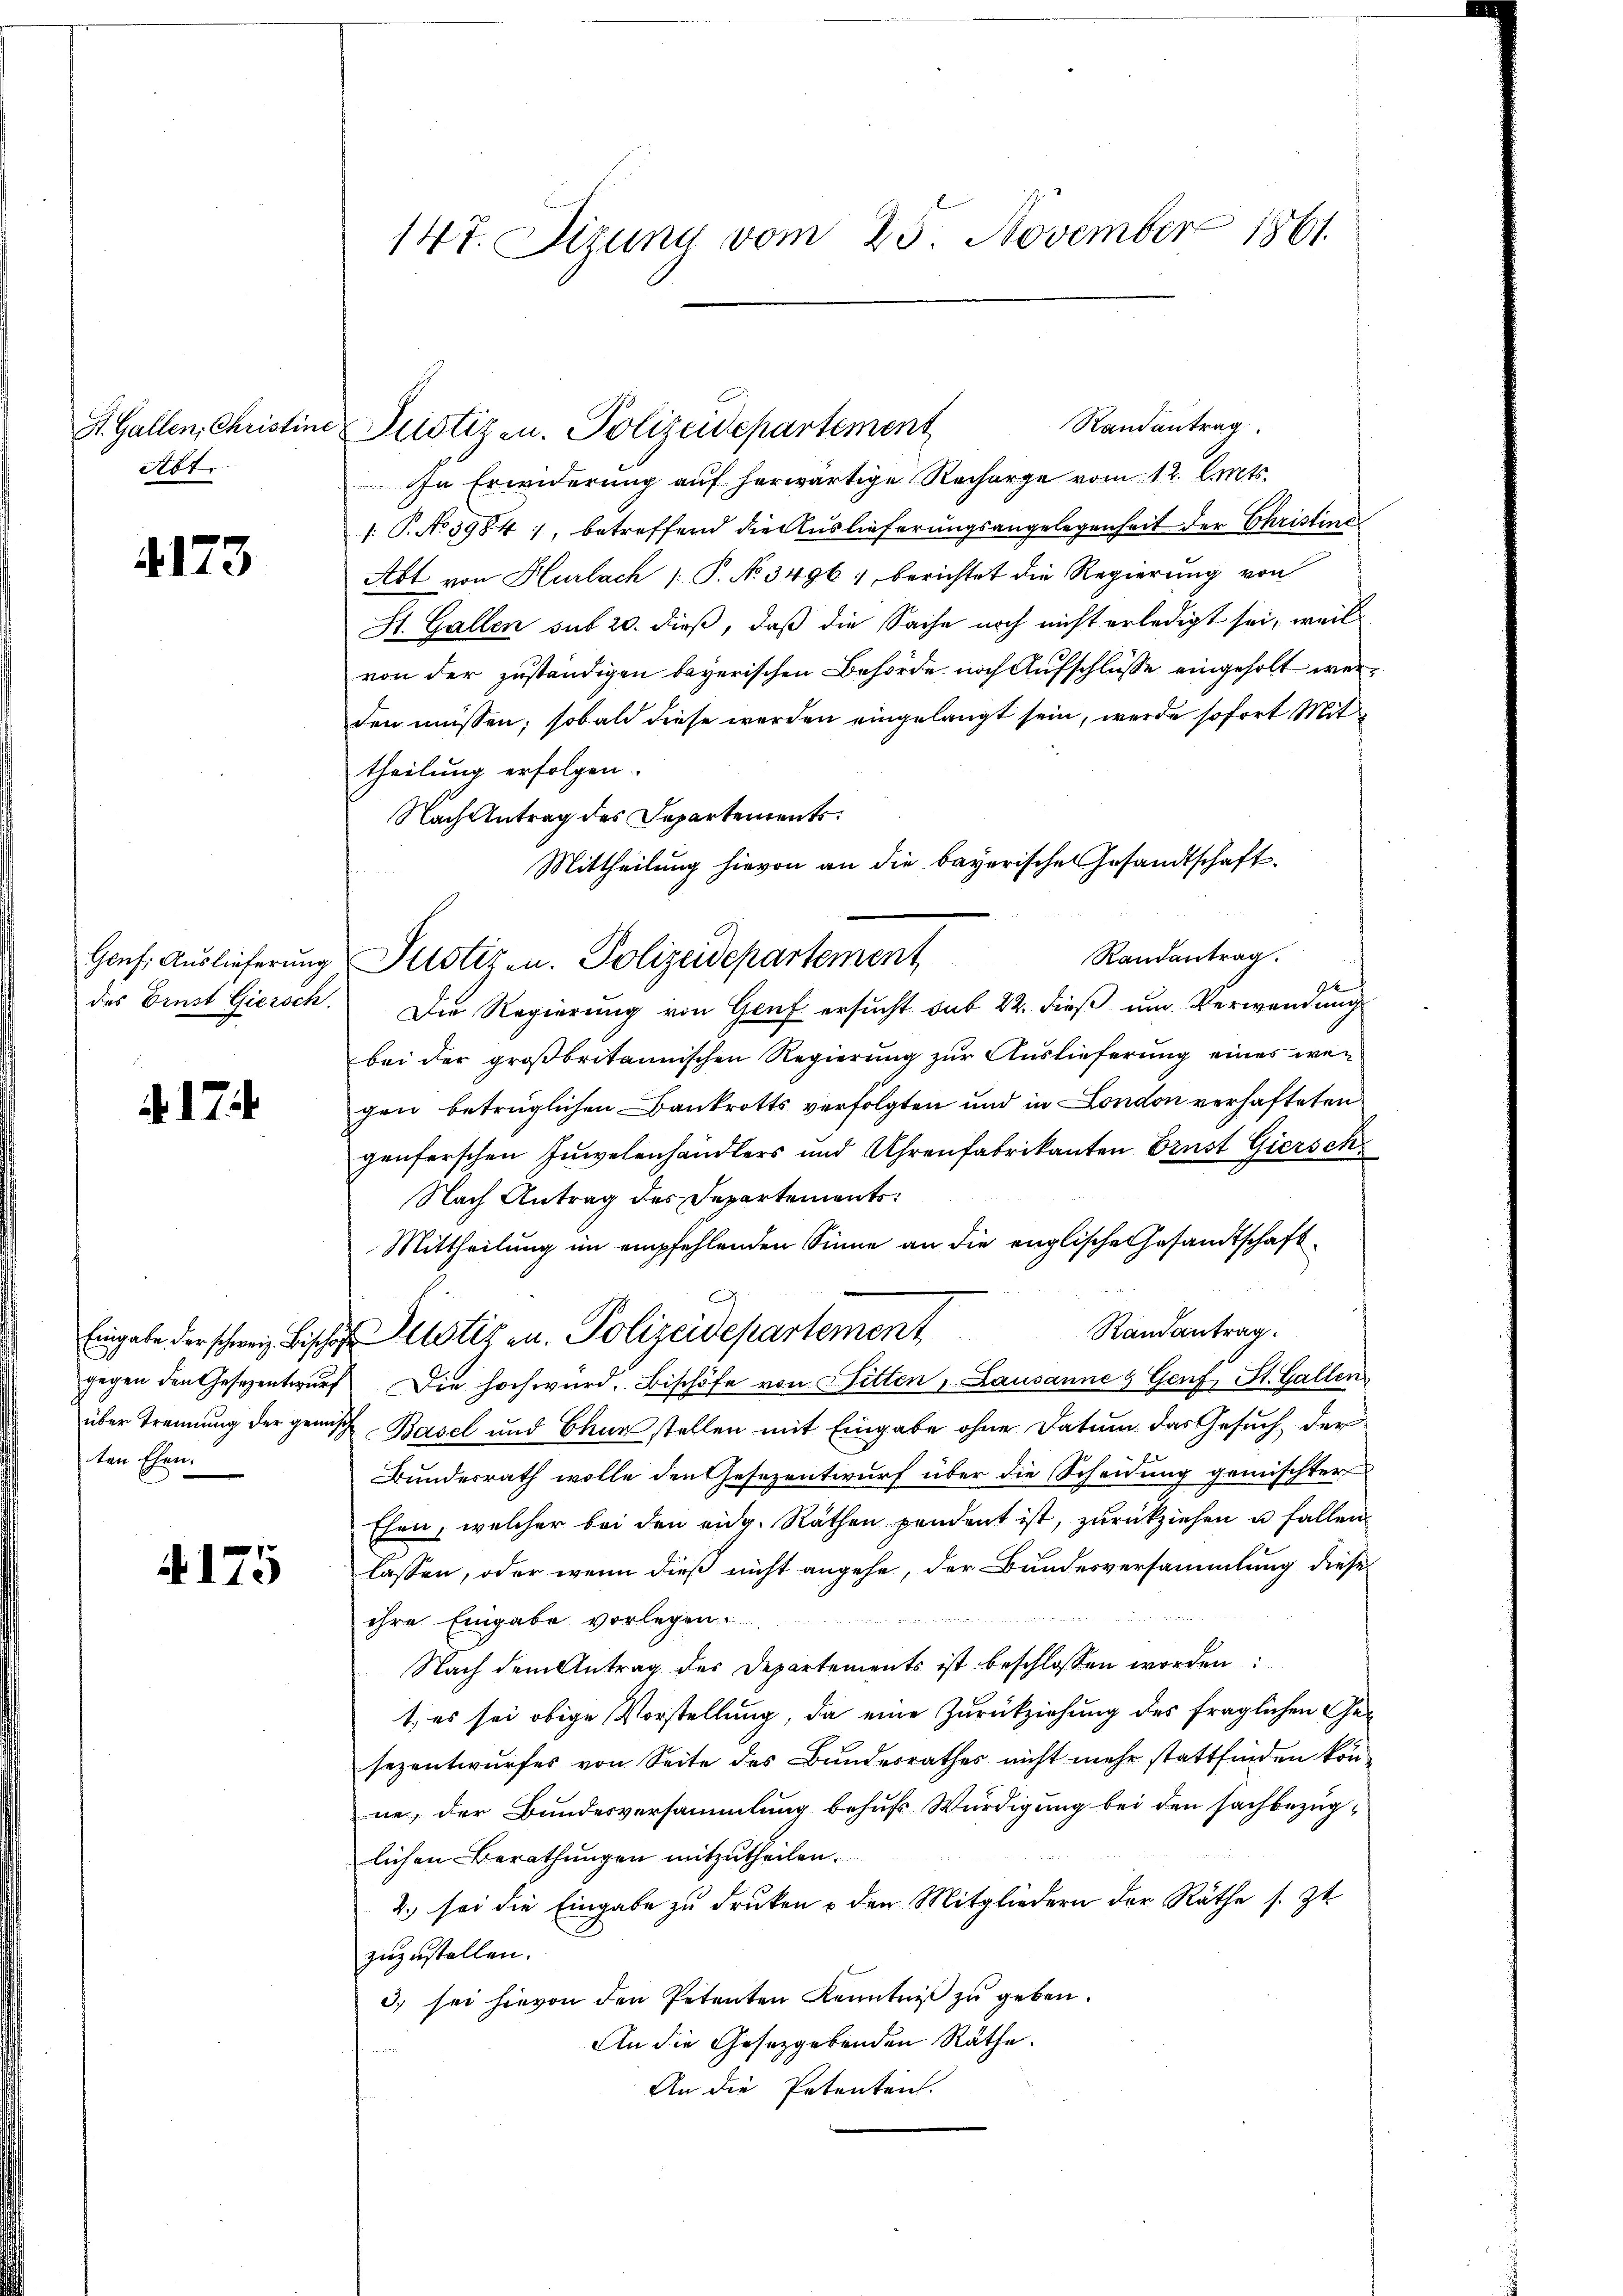
Abt.

4173

.17

ten Ehen.

4175

147. Sizung vom 25. November 1861

Randantrag
In Erwiderung auf herwärtige Recharge vom 12. Amts
1: P. No 3984), betreffend die Auslieferungsangelegenheit der Christins
Abt von Hurlach /: P. No. 3496. berichtet die Regierung von
St. Gallen sub 20. dieß, daß die Sache noch nicht erledigt sei, weil
von der zuständigen bayerischen Behörde nach Aufschlüsse eingeholt werden müssen; sobald diese werden eingelangt sein, werde sofort Mit
theilung erfolgen.
Nach Antrag des Departements
Mittheilung hievon an die bayerisches Gesandtschaft.
Randantrag.
des Brust Giersch. Die Regierung von Genf ersucht sub 22. dieß um Verwendung
bei der großbritannischen Regierung zur Auslieferung eines wegen betrüglichen Bankrotts verfolgten und in London verhafteten
genferschen Inselenhändlers und Uhrenfabrikanten Ernst Giersch
Nach Antrag des Departements:
Mittheilung im empfehlenden Sinne an die englische Gesandtschaft¬
Randantrag.
Eingabe der schweiz Bisch stiz u. Polizeidepartement
gegen den Gesezentwurf Die hochwird. Bischöfe von Litten, Lausanne & Genf, St. Gallen
über Trennung der gemisch Basel und Chur stellen mit Eingabe ohne Datum das Gesuch, der
Bundesrath wolle den Gesezentwurf über die Scheidung gemischter
Ehen, welcher bei den eidg. Räthen pendent ist, zurückziehen u. fallen
lassen, oder wenn dieß nicht angehe, der Bundesversammlung dieses

ihre Eingabe vorlegen.
Nach dem Antrag des Departements ist beschlossen worden:
t, es sei obige Vorstellung, da eine Zurückziehung des fraglichen Gesezentwurfes von Seite des Bundesrathes nicht mehr stattfinden könne, der Bundesversammlung behufs Würdigung bei den sachbezüglichen Berathungen mitzutheilen.
2.) sei die Eingabe zu drucken u den Mitgliedern der Räthe s. Zt.
zuzustellen.
3) sei hievon den Petenten Kenntniß zu geben.
An die Gesetzgebenden Räthe.
An die Petenten.

St. Gallen, Christine Pristiz zu. Polizeidepartement

Gonf. Auslieferung Plotiz u. Polizeidepartement